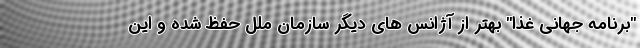
"برنامه جهانی غذا" بهتر از آژانس های دیگر سازمان ملل حفظ شده و این